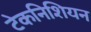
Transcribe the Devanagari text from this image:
टेकनिशियन